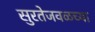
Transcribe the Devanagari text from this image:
सुरतेजवळच्या